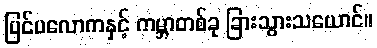
ပြင်ပလောကနှင့် ကမ္ဘာတစ်ခု ခြားသွားသယောင်။